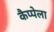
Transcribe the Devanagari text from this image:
कैप्पेला